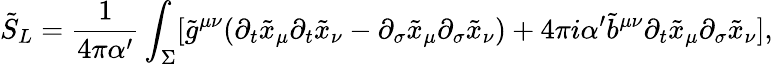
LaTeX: \tilde{S}_{L}=\frac{1}{4\pi\alpha^{\prime}}\int_{\Sigma}[\tilde{g}^{\mu\nu}(\partial_{t}\tilde{x}_{\mu}\partial_{t}\tilde{x}_{\nu}-\partial_{\sigma}\tilde{x}_{\mu}\partial_{\sigma}\tilde{x}_{\nu})+4\pi i\alpha^{\prime}\tilde{b}^{\mu\nu}\partial_{t}\tilde{x}_{\mu}\partial_{\sigma}\tilde{x}_{\nu}],